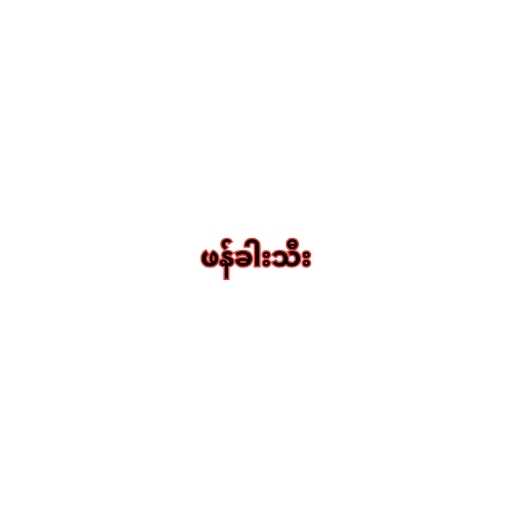
ဖန်ခါးသီး